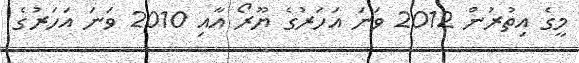
މީގެ އިތުރުން 2012 ވަނަ އަހަރުގެ ޔޫރޯ އާއި 2010 ވަނަ އަހަރުގެ